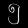
Digit: ၅